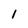
Character: 1